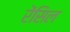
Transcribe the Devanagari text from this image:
रेंसिल